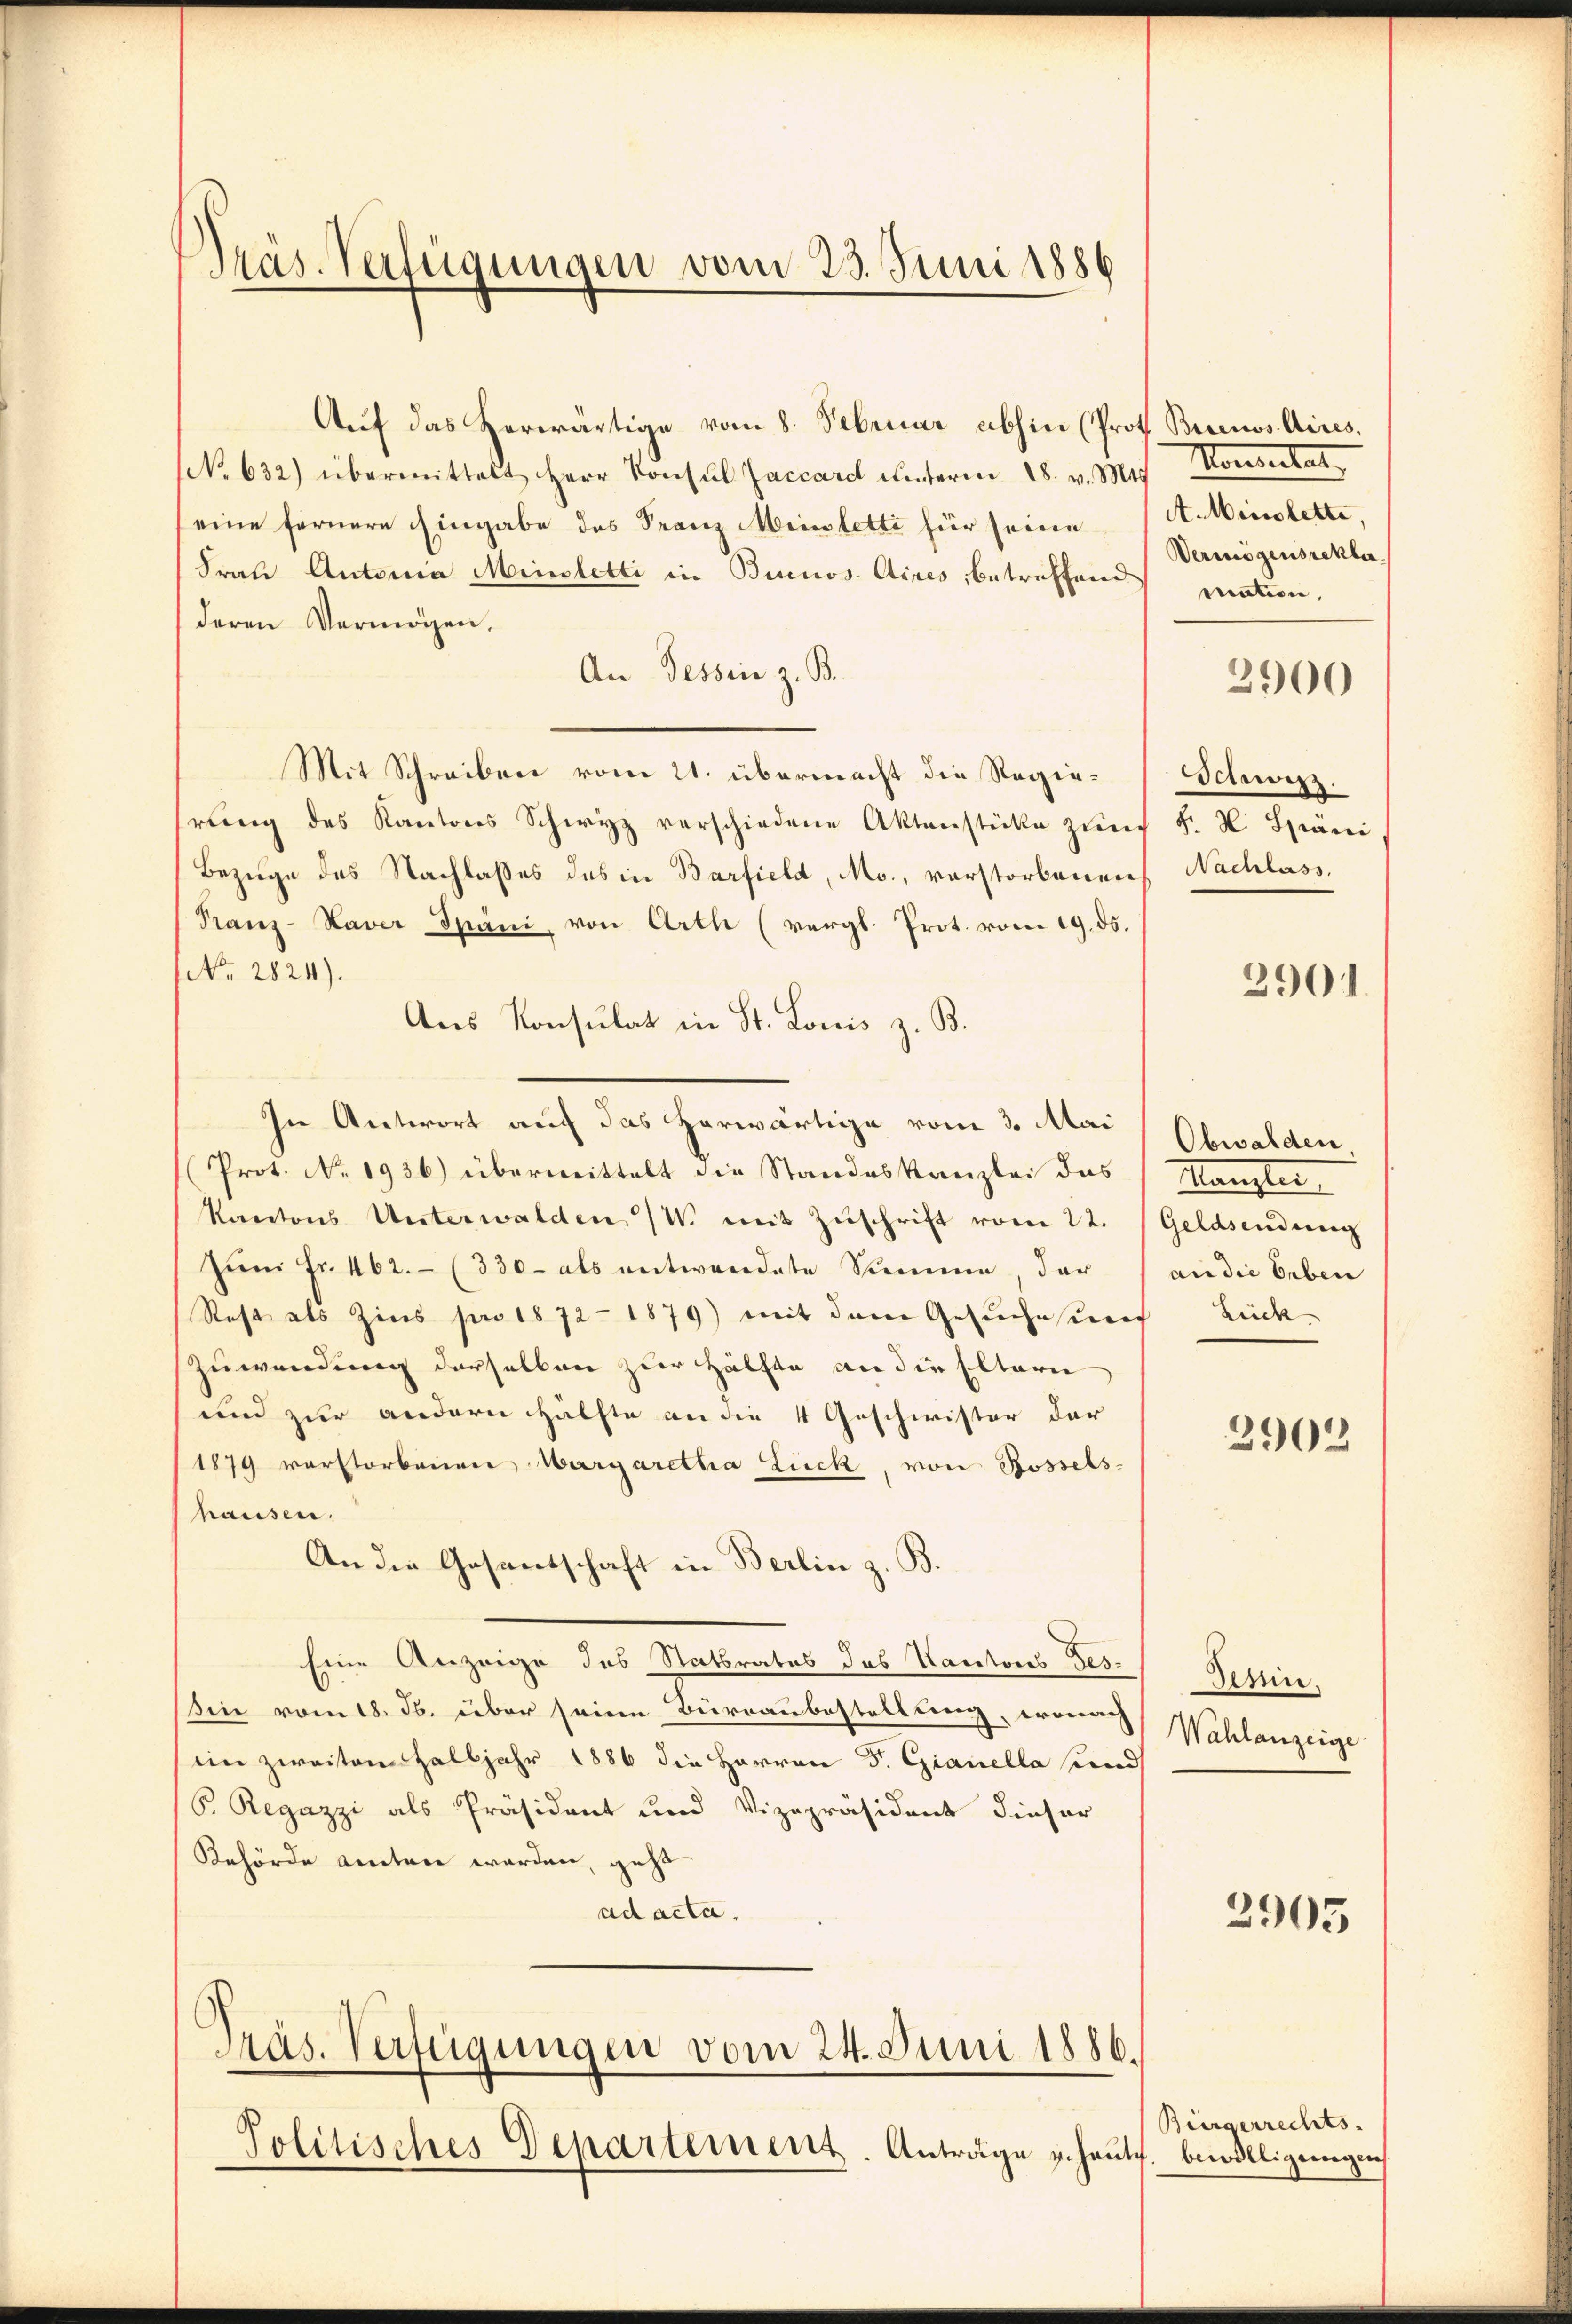
Präs. Verfügungen vom 23. Juni 1886

Auf das herwärtige vom 8. Februar abhin (Prof. Buenos Aires.
NNo. 632) übermittelt Herr Konsul Zaccard unterm 18. v. Mts. Konsertat
eine fernere Eingabe des Franz Meistetti für seine (A.Minstette,
Frau Autoria Ministetti in Binos Aires, betreffene mation,
deren Vermögen.
An Tessin z. B.
Mit Schreiben vom 21. übermacht die Regierŭng des Kantons Schwyz verschiedene Aktenstücke zŭr F. H. Späni
Bezüge des Nachlasses des in Barfield, Mo., verstorbenen
Ranz-Haver Spani, von Arth (vergl. Prot. vom 19. ds.
No. 2824).
Aus Konsulat in St. Lonis z. B.
In Antwort auf das herwärtige vom 3. Mai
Prot. No. 1936) übermittelt die Standeskanzlei das
Kantons Unterwalden W. mit Zŭschrift vom 22. Geldsendung
Jŭm fr. 462. (330- als entwendete Summe, der an die Erben
Rest als Zins pro 1872 - 1879) mit dem Gesuchesures Zück-
Zuwendung derselben zur Hälfte an die Eltern
und zur andern Hälfte an die 4 Geschwister der
1879 verstorbenen Margaretha Lück, von Rossels
hausen.
An der Gesandschaft in Berlin z. B.
Eine Anzeige des Statsrates des Kantons Tes-
sin vom 18. J. über seine Büreaubestellung, wonach
im zweiten Halbjahr 1886 die Herren S. Gianella und
B. Regazzi als Präsident und Vizepräsident dieser
Rehörde anten worden, geht
ad acta.

Präs. Verfügungen vom 24. Juni 1886.
Politisches Departement. Anträge u. heute

Vermögensrekla

2900

Schweiz.
Nachlass.

2901.

Obwalden
Mlangter

2902

Jesin.
Wahlanzeige

2905

Bürgerrechts-
bewilligungen